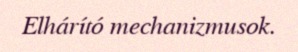
Elhárító mechanizmusok.